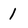
Character: 1